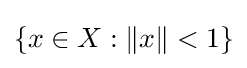
\{x\in X:\|x\|<1\}